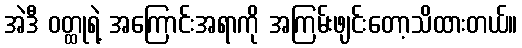
အဲဒီ ဝတ္ထုရဲ့ အကြောင်းအရာကို အကြမ်းဖျင်းတော့သိထားတယ်။